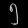
Digit: ၅